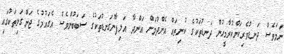
ނަމަވެސް ދަނޑުވެރިކަންކުރާމީހުން ދަނޑުތަކުގެ ކުނިތައް އެންދުމަށް އަންދާ އަލިފާންގަނޑުތަކުގެ ސަބަބުންވެސް އެގައުމުގެ ޖަންގަލިތަކުގައި